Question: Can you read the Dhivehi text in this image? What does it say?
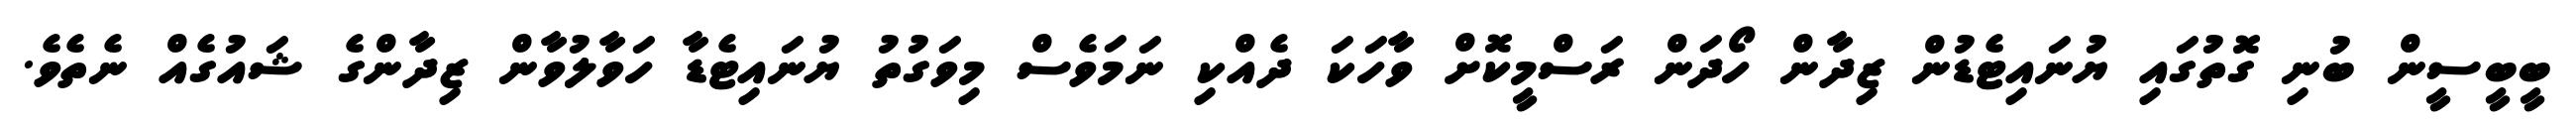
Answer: ބީބީސީން ބުނި ގޮތުގައި ޔުނައިޓެޑުން ޒިދާން ހޯދަން ރަސްމީކޮށް ވާހަކަ ދެއްކި ނަމަވެސް މިވަގުތު ޔުނައިޓެޑާ ހަވާލުވާން ޒިދާންގެ ޝައުގެއް ނެތެވެ.